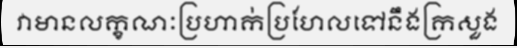
វាមានលក្ខណៈប្រហាក់ប្រហែលទៅនឹងក្រសួង